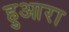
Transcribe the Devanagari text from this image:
हुआरा